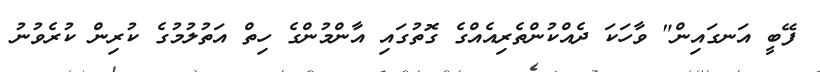
ފޭބީ އަނގައިން" ވާހަކަ ދެއްކުންތެރިއެއްގެ ގޮތުގައި އާންމުންގެ ހިތް އަތުލުމުގެ ކުރިން ކުރެވުނު